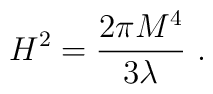
H^2 = {2\pi M^4 \over 3 \lambda  } \ .